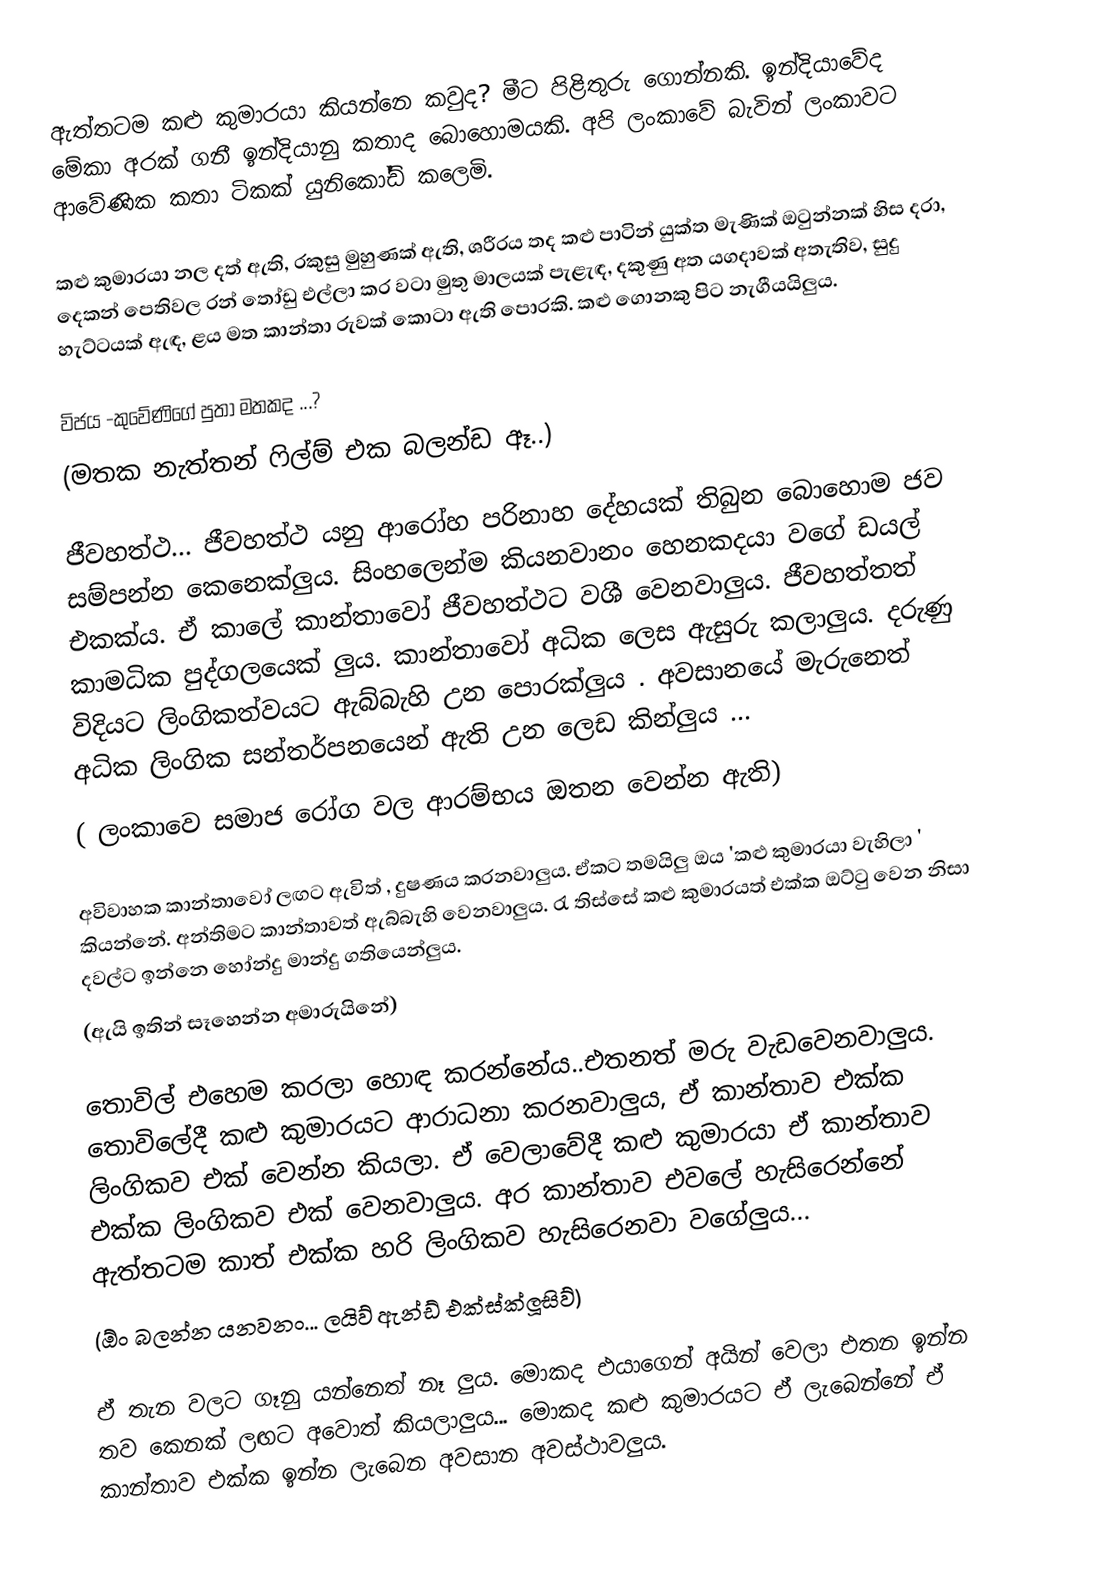
ඇත්තටම කළු කුමාරයා කියන්නෙ කවුද? මීට පිළිතුරු ගොන්නකි. ඉන්දියාවේද මේකා අරක් ගනී ඉන්දියානු කතාද බොහොමයකි. අපි ලංකාවේ බැවින් ලංකාවට ආවේණික කතා ටිකක් යුනිකෝඩ් කලෙමි.

කළු කුමාරයා නල දත් ඇති, රකුසු මුහුණක් ඇති, ශරීරය තද කළු පාටින් යුක්ත මැණික් ඔටුන්නක් හිස දරා, දෙකන් පෙතිවල රන් තෝඩු එල්ලා කර වටා මුතු මාලයක් පැළැඳ, දකුණු අත යගදාවක් අතැතිව, සුදු හැට්ටයක් ඇඳ, ළය මත කාන්තා රුවක් කොටා ඇති පොරකි. කළු ගොනකු පිට නැගීයයිලුය.

විජය -කුවේණිගේ පුතා මතකද ...?
(මතක නැත්තන් ෆිල්ම් එක බලන්ඩ ඈ..)

ජීවහත්ථ... ජීවහත්ථ යනු ආරෝහ පරිනාහ දේහයක් තිබුන බොහොම ජව සම්පන්න කෙනෙක්ලුය. සිංහලෙන්ම කියනවානං හෙනකදයා වගේ ඩයල් එකක්ය. ඒ කාලේ කාන්තාවෝ ජීවහත්ථට වශී වෙනවාලුය. ජීවහත්තත් කාමධික පුද්ගලයෙක් ලුය. කාන්තාවෝ අධික ලෙස ඇසුරු කලාලුය. දරුණු විදියට ලිංගිකත්වයට ඇබ්බැහි උන පොරක්ලුය . අවසානයේ මැරුනෙත් අධික ලිංගික සන්තර්පනයෙන් ඇති උන ලෙඩ කින්ලුය ...
( ලංකාවෙ සමාජ රෝග වල ආරම්භය ඔතන වෙන්න ඇති)

අවිවාහක කාන්තාවෝ ලඟට ඇවිත් , දුෂණය කරනවාලුය. ඒකට තමයිලු ඔය 'කළු කුමාරයා වැහිලා ' කියන්නේ. අන්තිමට කාන්තාවත් ඇබ්බැහි වෙනවාලුය. රැ තිස්සේ කළු කුමාරයත් එක්ක ඔට්ටු වෙන නිසා දවල්ට ඉන්නෙ හෝන්දු මාන්දු ගතියෙන්ලුය.
(ඇයි ඉතින් සෑහෙන්න අමාරුයිනේ)

තොවිල් එහෙම කරලා හොඳ කරන්නේය..එතනත් මරු වැඩවෙනවාලුය. තොවිලේදී කළු කුමාරයට ආරාධනා කරනවාලුය, ඒ කාන්තාව එක්ක ලිංගිකව එක් වෙන්න කියලා. ඒ වෙලාවේදී කළු කුමාරයා ඒ කාන්තාව එක්ක ලිංගිකව එක් වෙනවාලුය. අර කාන්තාව එවලේ හැසිරෙන්නේ ඇත්තටම කාත් එක්ක හරි ලිංගිකව හැසිරෙනවා වගේලුය...
(ඕං බලන්න යනවනං... ලයිව් ඇන්ඩ් එක්ස්ක්ලූසිව්)

ඒ තැන වලට ගෑනු යන්නෙත් නෑ ලුය. මොකද එයාගෙන් අයින් වෙලා එතන ඉන්න තව කෙනක් ලඟට අවොත් කියලාලුය... මොකද කළු කුමාරයට ඒ ලැබෙන්නේ ඒ කාන්තාව එක්ක ඉන්න ලැබෙන අවසාන අවස්ථාවලුය.